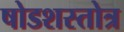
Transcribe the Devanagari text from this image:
षोडशस्तोत्र